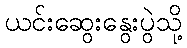
ယင်းဆွေးနွေးပွဲသို့